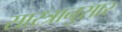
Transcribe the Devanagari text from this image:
सास्त्रानुसार